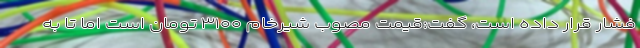
فشار قرار داده است، گفت:قیمت مصوب شیرخام ۳۱۰۰ تومان است اما تا به